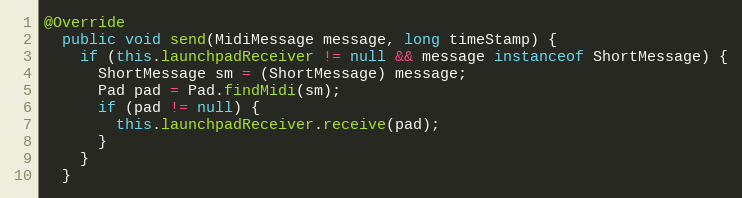
Language: Java
@Override
  public void send(MidiMessage message, long timeStamp) {
    if (this.launchpadReceiver != null && message instanceof ShortMessage) {
      ShortMessage sm = (ShortMessage) message;
      Pad pad = Pad.findMidi(sm);
      if (pad != null) {
        this.launchpadReceiver.receive(pad);
      }
    }
  }